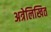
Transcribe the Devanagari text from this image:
अत्रेलिखित